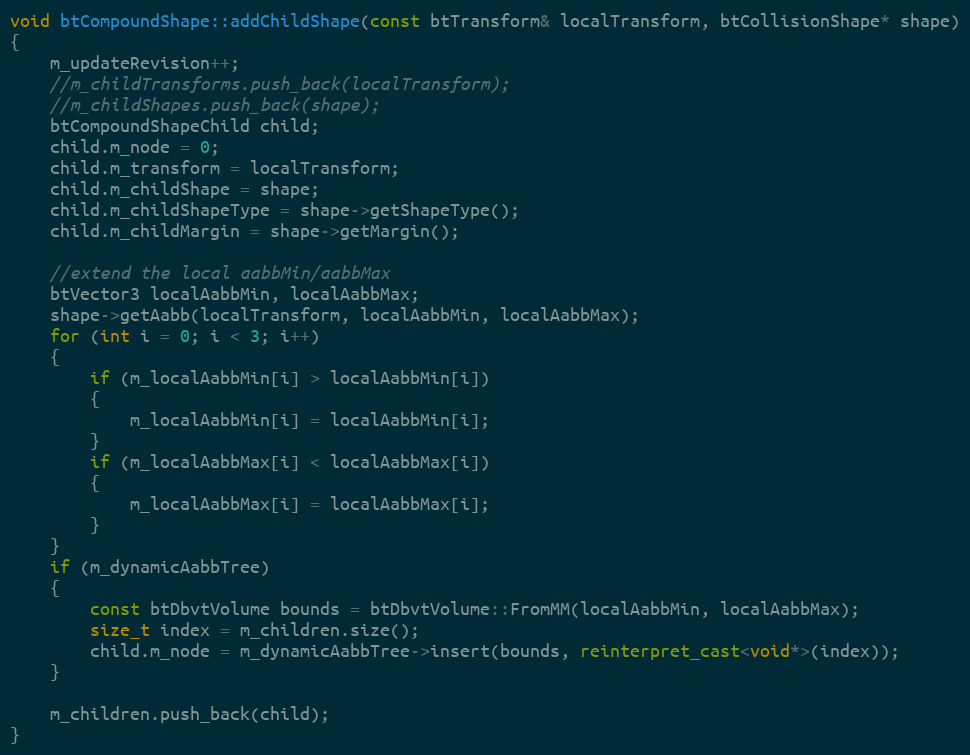
Language: C++
void btCompoundShape::addChildShape(const btTransform& localTransform, btCollisionShape* shape)
{
	m_updateRevision++;
	//m_childTransforms.push_back(localTransform);
	//m_childShapes.push_back(shape);
	btCompoundShapeChild child;
	child.m_node = 0;
	child.m_transform = localTransform;
	child.m_childShape = shape;
	child.m_childShapeType = shape->getShapeType();
	child.m_childMargin = shape->getMargin();

	//extend the local aabbMin/aabbMax
	btVector3 localAabbMin, localAabbMax;
	shape->getAabb(localTransform, localAabbMin, localAabbMax);
	for (int i = 0; i < 3; i++)
	{
		if (m_localAabbMin[i] > localAabbMin[i])
		{
			m_localAabbMin[i] = localAabbMin[i];
		}
		if (m_localAabbMax[i] < localAabbMax[i])
		{
			m_localAabbMax[i] = localAabbMax[i];
		}
	}
	if (m_dynamicAabbTree)
	{
		const btDbvtVolume bounds = btDbvtVolume::FromMM(localAabbMin, localAabbMax);
		size_t index = m_children.size();
		child.m_node = m_dynamicAabbTree->insert(bounds, reinterpret_cast<void*>(index));
	}

	m_children.push_back(child);
}